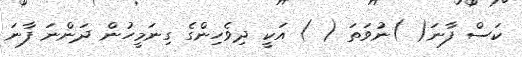
ކަސް ފާނަ( )ނުވަތަ ( ) އަކީ ދިވެހިންގެ ގިނަމީހުން ދަންނަ ފާނަ